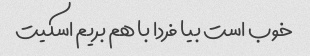
خوب است بیا فردا با هم بریم اسکیت